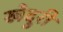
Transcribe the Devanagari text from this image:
खेदुरी